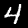
Digit: 4